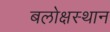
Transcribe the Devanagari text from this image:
बलोक्षस्थान